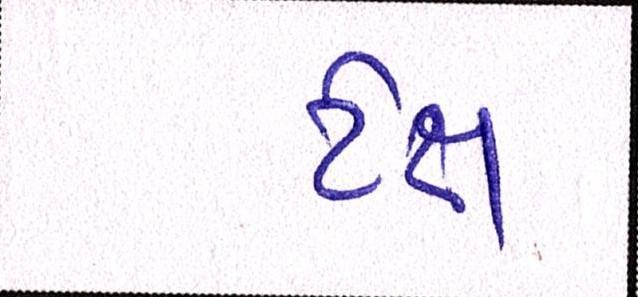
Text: ટેક્ષ